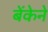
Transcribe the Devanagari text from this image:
बेंकेने